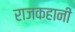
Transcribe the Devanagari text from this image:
राजकहानी